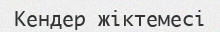
Кендер жіктемесі